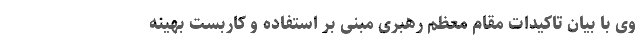
وی با بیان تاکیدات مقام معظم رهبری مبنی بر استفاده و کاربست بهینه